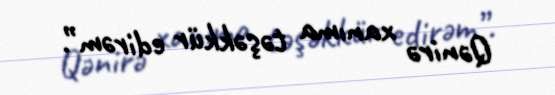
Qənirə xanıma təşəkkür edirəm”.